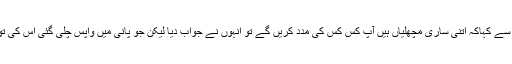
کسی نے ان سے کہاکہ اتنی ساری مچھلیاں ہیں آپ کس کس کی مدد کریں گے تو انہوں نے جواب دیا لیکن جو پانی میں واپس چلی گئی اس کی تو مدد ہوگئی۔